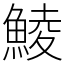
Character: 鯪